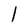
Character: l